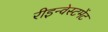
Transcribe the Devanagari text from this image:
रीइन्वेस्टमेंट